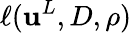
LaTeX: \ell({\mathbf{u}}^{L},{D},\rho)